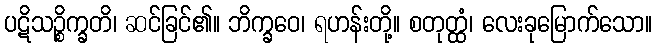
ပဋိသဉ္စိက္ခတိ၊ ဆင်ခြင်၏။ ဘိက္ခဝေ၊ ရဟန်းတို့။ စတုတ္ထံ၊ လေးခုမြောက်သော။